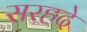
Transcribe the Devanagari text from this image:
सरहदे